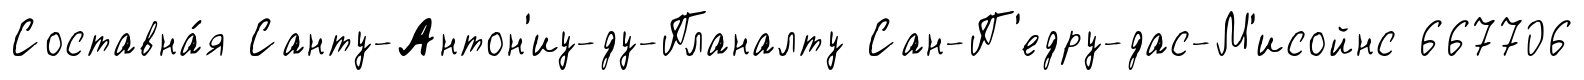
Составна́я Санту-Антон'иу-ду-Планалту Сан-П'едру-дас-М'исойнс 667706